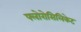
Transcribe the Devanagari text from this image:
फ्लोरोसिलिकेट